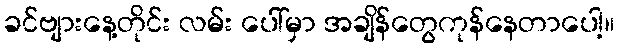
ခင်ဗျားနေ့တိုင်း လမ်း ပေါ်မှာ အချိန်တွေကုန်နေတာပေါ့။